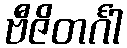
ဗီဇိတင်္ဂါ